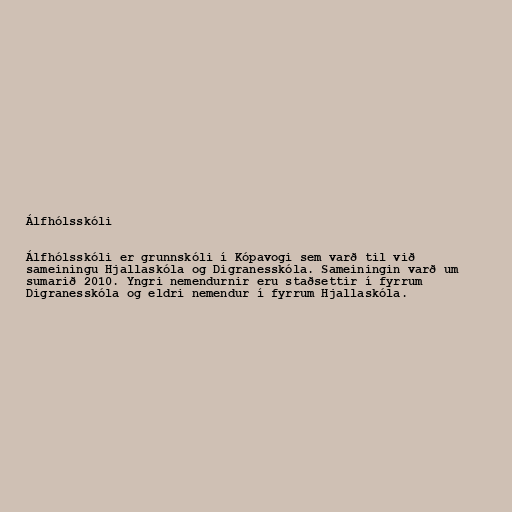
Álfhólsskóli

Álfhólsskóli er grunnskóli í Kópavogi sem varð til við
sameiningu Hjallaskóla og Digranesskóla. Sameiningin varð um
sumarið 2010. Yngri nemendurnir eru staðsettir í fyrrum
Digranesskóla og eldri nemendur í fyrrum Hjallaskóla.